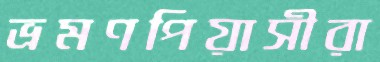
ভ্রমণপিয়াসীরা